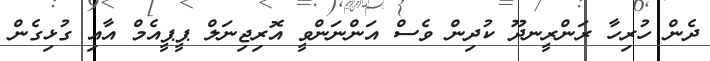
ދެން ހުރިހާ ރަންރީނދޫ ކުދިން ވެސް އަންނަންވީ އޮރިޖިނަލް ޕީޕީއެމް އާއި ގުޅިގެން